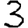
Digit: 3